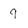
Character: 9